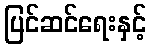
ပြင်ဆင်ရေးနှင့်